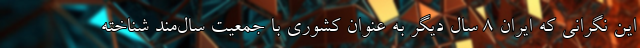
این نگرانی که ایران 8 سال دیگر به عنوان کشوری با جمعیت سال‌مند شناخته